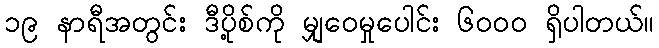
၁၉ နာရီအတွင်း ဒီပို့စ်ကို မျှဝေမှုပေါင်း ၆၀၀၀ ရှိပါတယ်။